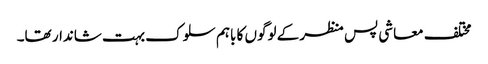
مختلف معاشی پس منظر کے لوگوں کا باہم سلوک بہت شاندار تھا۔